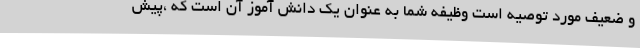
و ضعیف مورد توصیه است وظیفه شما به عنوان یک دانش آموز آن است که ،پیش